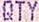
QTY